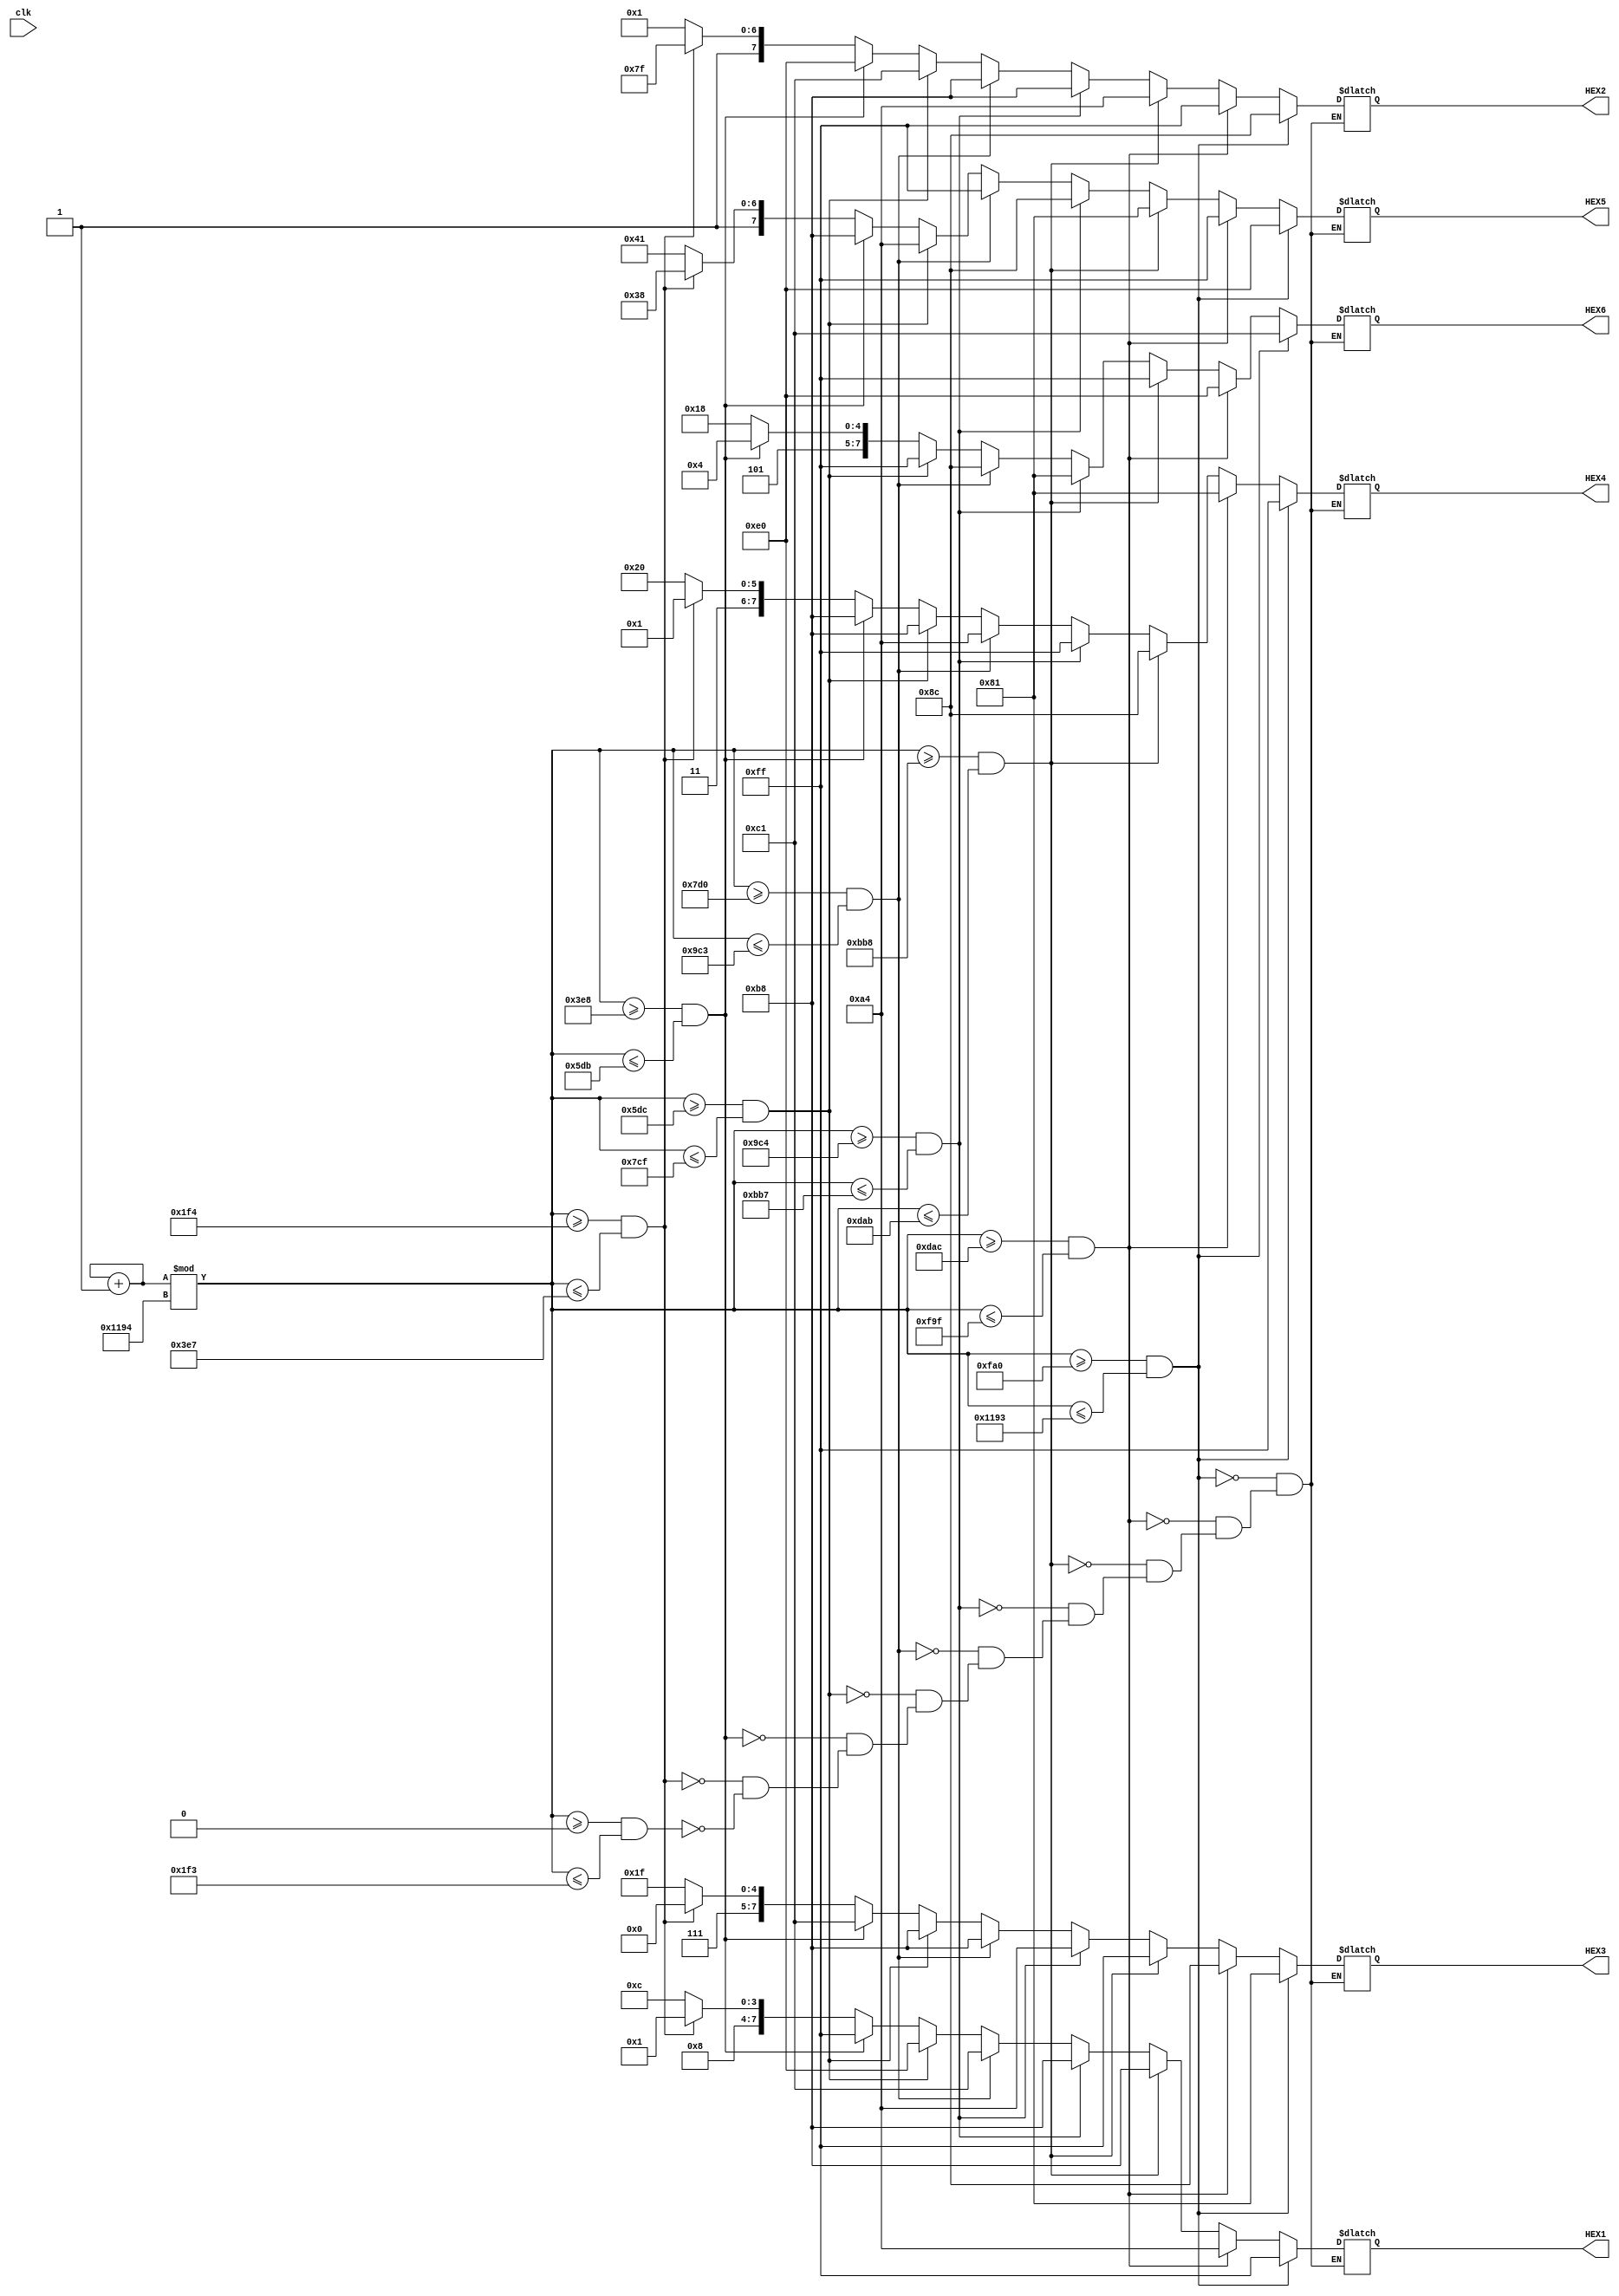
//G: 8'b10001100
//O: 8'b10000001
//B: 8'b11100000
//U: 8'b11000001
//F: 8'b10111000
//S: 8'b10100100
//Space: 8'b11111111

module Buffs(
clk,HEX1, HEX2, HEX3, HEX4,HEX5, HEX6
);
input clk;
output reg [7:0]HEX1, HEX2, HEX3, HEX4,HEX5, HEX6; 
reg counter = 16'b0000000000000000;
always @(clk)
	begin
	counter = counter +1;
		if(counter % 4500 >= 0 && counter % 4500 <= 499)
		begin
			//GO BUF
			HEX1 = 8'b10001100;
			HEX2 = 8'b10000001;
			HEX3 = 8'b11111111;
			HEX4 = 8'b11100000;
			HEX5 = 8'b11000001;
			HEX6 = 8'b10111000;
		end
			if(counter % 4500 >= 500 && counter % 4500 <= 999)
		begin
			//O BUFF
			HEX1 = 8'b10000001;
			HEX2 = 8'b11111111;
			HEX3 = 8'b11100000;
			HEX4 = 8'b11000001;
			HEX5 = 8'b10111000;
			HEX6 = 8'b10111000;
		end
		if(counter % 4500 >= 1000 && counter % 4500 <= 1499)
		begin
			// BUFFS
			HEX1 = 8'b11111111;
			HEX2 = 8'b11100000;
			HEX3 = 8'b11000001;
			HEX4 = 8'b10111000;
			HEX5 = 8'b10111000;
			HEX6 = 8'b10100100;
		end
		if(counter % 4500 >= 1500 && counter % 4500 <= 1999)
		begin
			//BUFFS 
			HEX1 = 8'b11100000;
			HEX2 = 8'b11000001;
			HEX3 = 8'b10111000;
			HEX4 = 8'b10111000;
			HEX5 = 8'b10100100;
			HEX6 = 8'b11111111;
		end
		if(counter % 4500 >= 2000 && counter % 4500 <= 2499)
		begin
			//UFFS G 
			HEX1 = 8'b11000001;
			HEX2 = 8'b10111000;
			HEX3 = 8'b10111000;
			HEX4 = 8'b10100100;
			HEX5 = 8'b11111111;
			HEX6 = 8'b10001100;
		end
		if(counter % 4500 >= 2500 && counter % 4500 <= 2999)
		begin
			//FFS GO 
			HEX1 = 8'b10111000;
			HEX2 = 8'b10111000;
			HEX3 = 8'b10100100;
			HEX4 = 8'b11111111;
			HEX5 = 8'b10001100;
			HEX6 = 8'b10000001;
		end
		if(counter % 4500 >= 3000 && counter % 4500 <= 3499)
		begin
			//FS GO  
			HEX1 = 8'b10111000;
			HEX2 = 8'b10100100;
			HEX3 = 8'b11111111;
			HEX4 = 8'b10001100;
			HEX5 = 8'b10000001;
			HEX6 = 8'b11111111;
		end
		if(counter % 4500 >= 3500 && counter % 4500 <= 3999)
		begin
			//S GO B 
			HEX1 = 8'b10100100;
			HEX2 = 8'b11111111;
			HEX3 = 8'b10001100;
			HEX4 = 8'b10000001;
			HEX5 = 8'b11111111;
			HEX6 = 8'b11100000;
		end
		if(counter % 4500 >= 4000 && counter % 4500 <= 4499)
		begin
			// GO BU 
			HEX1 = 8'b11111111;
			HEX2 = 8'b10001100;
			HEX3 = 8'b10000001;
			HEX4 = 8'b11111111;
			HEX5 = 8'b11100000;
			HEX6 = 8'b11000001;
		end				
	end

endmodule